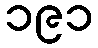
၁၉၁